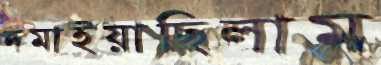
দমাইয়াছিলাম